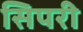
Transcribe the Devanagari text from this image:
सिपरी